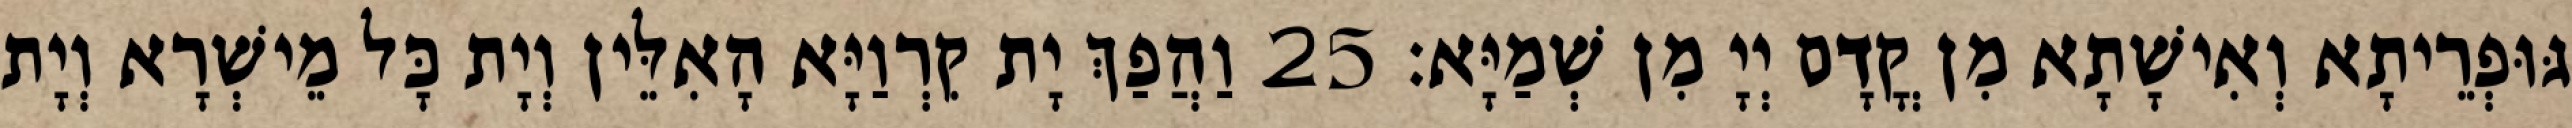
גּוּפְרֵיתָא וְאִישָׁתָא מִן קֳדָם יְיָ מִן שְׁמַיָּא׃ 25 וַהֲפַךְ יָת קִרְוַיָּא הָאִלֵּין וְיָת כָּל מֵישְׁרָא וְיָת